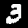
Label: 3